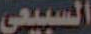
السبيعي